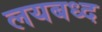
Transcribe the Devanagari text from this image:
लयबध्द